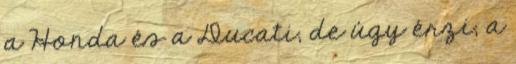
a Honda és a Ducati, de úgy érzi, a